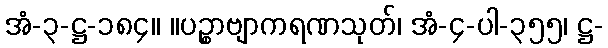
အံ-၃-ဋ္ဌ-၁၈၄။ ။ပဉ္စာဗျာကရဏသုတ်၊ အံ-၄-ပါ-၃၅၅၊ ဋ္ဌ-